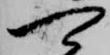
可